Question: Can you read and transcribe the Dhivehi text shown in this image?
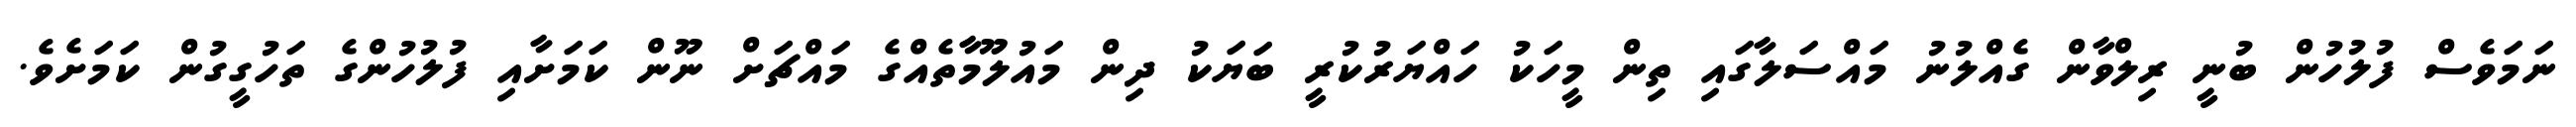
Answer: ނަމަވެސް ފުލުހުން ބުނީ ރިލްވާން ގެއްލުނު މައްސަލާގައި ތިން މީހަކު ހައްޔަރުކުރީ ބަޔަކު ދިން މައުލޫމާތެއްގެ މައްޗަށް ނޫން ކަމަށާއި ފުލުހުންގެ ތަހުގީގުން ކަމަށެވެ.